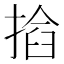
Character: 𢰖